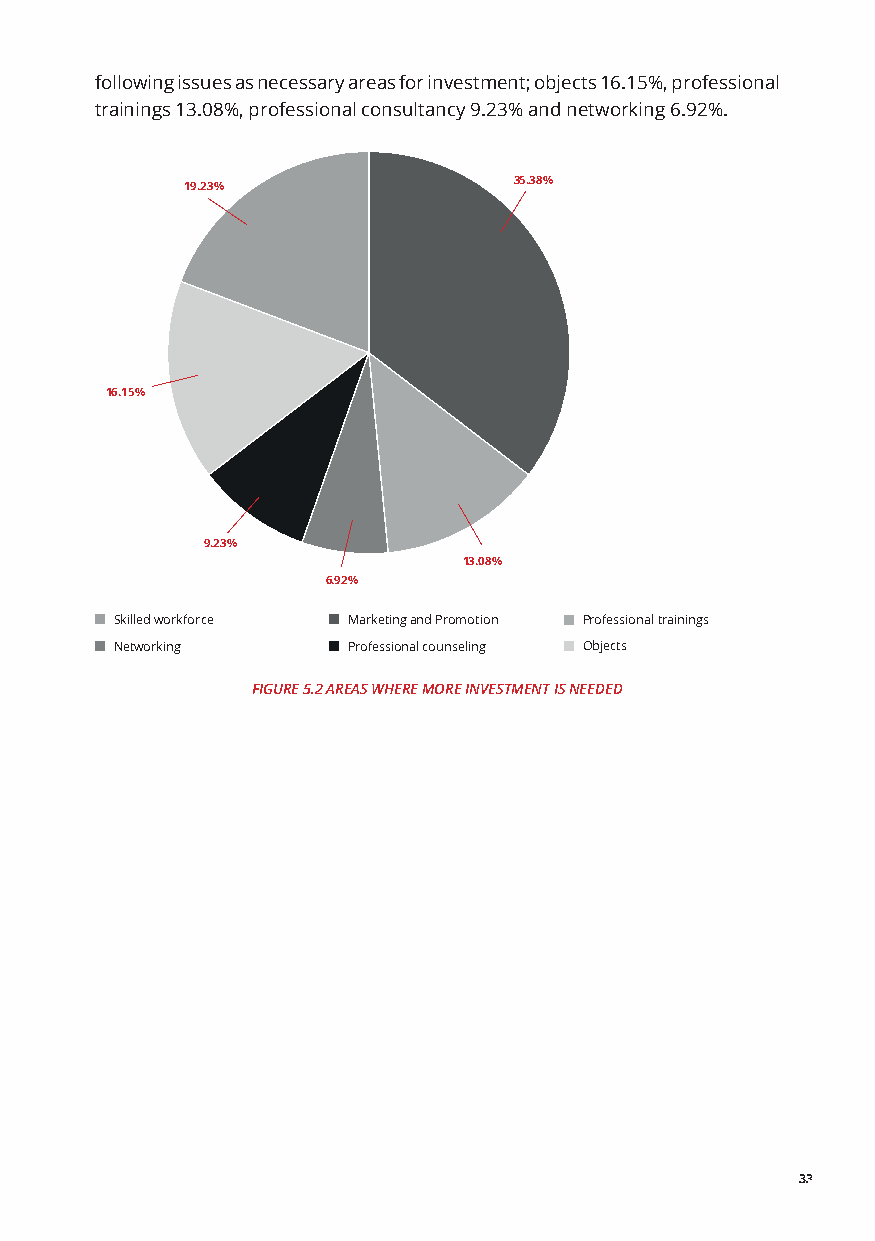
following issues as necessary areas for investment; objects 16.15%, professional
 trainings 13.08%, professional consultancy 9.23% and networking 6.92%.
 19.23%                35.38%
 16.15%
 9.23%
 13.08%
 6.92%
 Skilled workforce Marketing and Promotion Professional trainings
 Networking     Professional counseling Objects
 FIGURE 5.2 AREAS WHERE MORE INVESTMENT IS NEEDED
 33